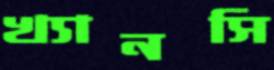
খ্যানসি